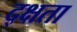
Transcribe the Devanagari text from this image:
द्क्षता